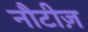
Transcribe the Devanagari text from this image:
नौटीज़